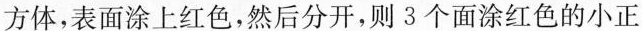
方体，表面涂上红色，然后分开，则3个面涂红色的小正